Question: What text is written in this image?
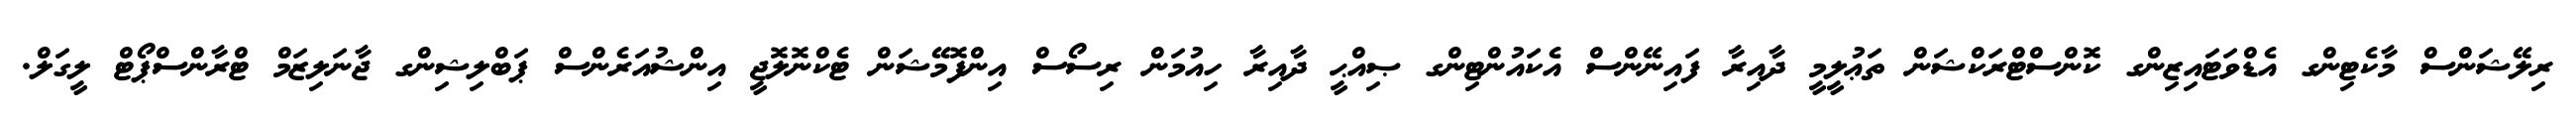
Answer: ރިލޭޝަންސް މާކެޓިންގ އެޑްވަޓައިޒިންގ ކޮންސްޓްރަކްޝަން ތަޢުލީމީ ދާއިރާ ފައިނޭންސް އެކައުންޓިންގ ޞިއްޙީ ދާއިރާ ހިއުމަން ރިސޯސް އިންފޮމޭޝަން ޓެކްނޮލޮޖީ އިންޝުއަރެންސް ޕަބްލިޝިންގ ޖާނަލިޒަމް ޓްރާންސްޕޯޓް ލީގަލް.